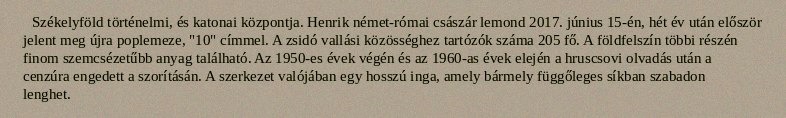
Székelyföld történelmi, és katonai központja. Henrik német-római császár lemond 2017. június 15-én, hét év után először jelent meg újra poplemeze, "10" címmel. A zsidó vallási közösséghez tartózók száma 205 fő. A földfelszín többi részén finom szemcsézetűbb anyag található. Az 1950-es évek végén és az 1960-as évek elején a hruscsovi olvadás után a cenzúra engedett a szorításán. A szerkezet valójában egy hosszú inga, amely bármely függőleges síkban szabadon lenghet.